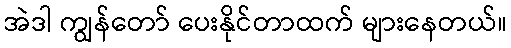
အဲဒါ ကျွန်တော် ပေးနိုင်တာထက် များနေတယ်။